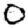
Digit: 0